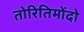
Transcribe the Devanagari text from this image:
तोरितिमोंदो